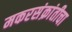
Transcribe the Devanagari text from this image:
मकरसंक्रांतीचा